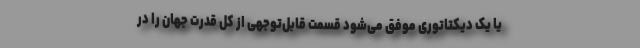
یا یک دیکتاتوری موفق می‌شود قسمت قابل‌توجهی از کل قدرت جهان را در